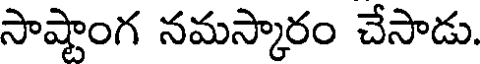
సాష్టాంగ నమస్కారం చేసాడు.